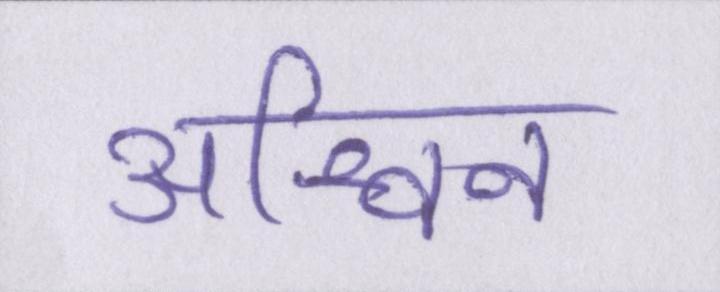
अश्विन